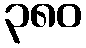
၃၈၀